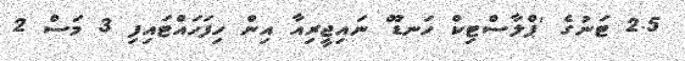
2.5 ޓަނުގެ 'ޕްލާސްޓިކް ހަނޑޫ' ނައިޖީރިއާ އިން ހިފަހައްޓައިފި 3 މަސް 2